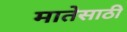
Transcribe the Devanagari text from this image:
मातेसाठी